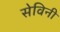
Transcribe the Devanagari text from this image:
सेविनी